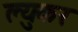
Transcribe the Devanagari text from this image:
ल्युकर